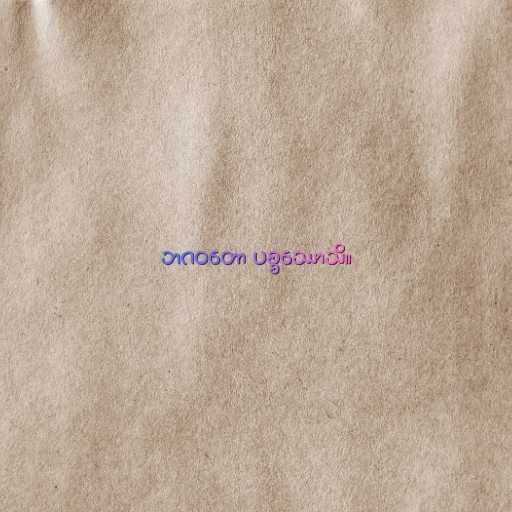
ဘဂဝတော ပစ္စဿောသိ။